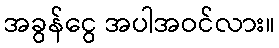
အခွန်ငွေ အပါအဝင်လား။